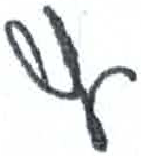
אות: ץ